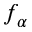
f _ { \alpha }